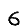
Digit: 6